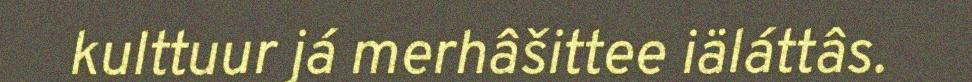
kulttuur já merhâšittee iäláttâs.